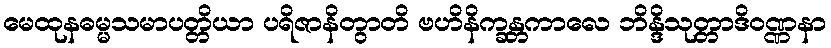
မေထုနဓမ္မသမာပတ္တိယာ ပရိဇာနိတွာတိ ဗဟိနိက္ခန္တကာလေ ဘိန္ဒိသုတ္တာဒိဝဏ္ဏနာ